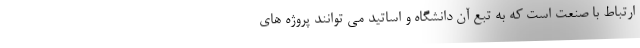
ارتباط با صنعت است که به تبع آن دانشگاه و اساتید می توانند پروژه های